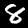
Digit: 8